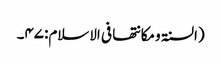
(السنۃ ومکانتھا فی الاسلام:۴۷۔